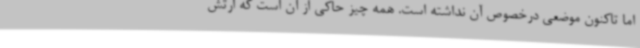
اما تاکنون موضعی درخصوص آن نداشته است. همه چیز حاکی از آن است که ارتش